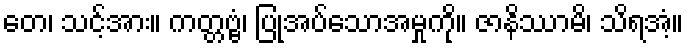
တေ၊ သင့်အား။ ကတ္တဗ္ဗံ၊ ပြုအပ်သောအမှုကို။ ဇာနိဿာမိ၊ သိရအံ့။